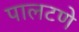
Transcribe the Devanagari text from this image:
पालटणे